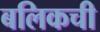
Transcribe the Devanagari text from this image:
बलिकची